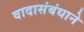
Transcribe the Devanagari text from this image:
वादासंबंधाने